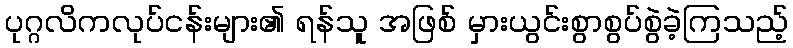
ပုဂ္ဂလိကလုပ်ငန်းများ၏ ရန်သူ အဖြစ် မှားယွင်းစွာစွပ်စွဲခဲ့ကြသည့်